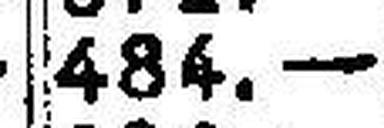
484.—